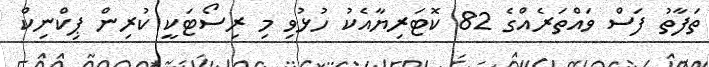
ތަފާތު ފަސް ވައްތަރެއްގެ 82 ކޮޓަރިޔާއެކު ހުޅުވި މި ރިސޯޓަކީ ކުރިން ޕިކްނިކް